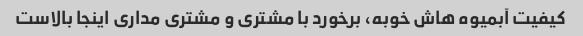
کیفیت آبمیوه هاش خوبه، برخورد با مشتری و مشتری مداری اینجا بالاست